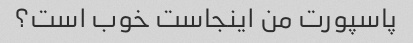
پاسپورت من اینجاست خوب است؟